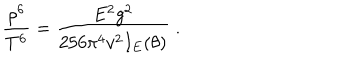
LaTeX: \frac { \rho ^ { 6 } } { T ^ { 6 } } = \frac { E ^ { 2 } g ^ { 2 } } { 2 5 6 \pi ^ { 4 } v ^ { 2 } I _ { E } ( \theta ) } \; .